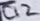
Text: C12